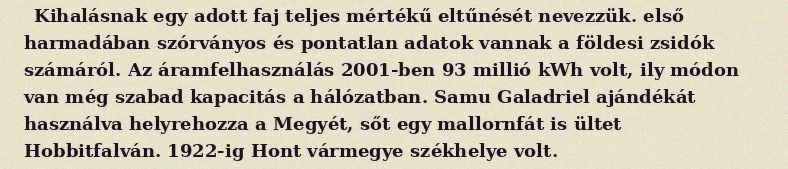
Kihalásnak egy adott faj teljes mértékű eltűnését nevezzük. első harmadában szórványos és pontatlan adatok vannak a földesi zsidók számáról. Az áramfelhasználás 2001-ben 93 millió kWh volt, ily módon van még szabad kapacitás a hálózatban. Samu Galadriel ajándékát használva helyrehozza a Megyét, sőt egy mallornfát is ültet Hobbitfalván. 1922-ig Hont vármegye székhelye volt.